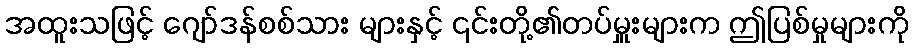
အထူးသဖြင့် ဂျော်ဒန်စစ်သား များနှင့် ၎င်းတို့၏တပ်မှူးများက ဤပြစ်မှုများကို